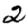
Digit: 2